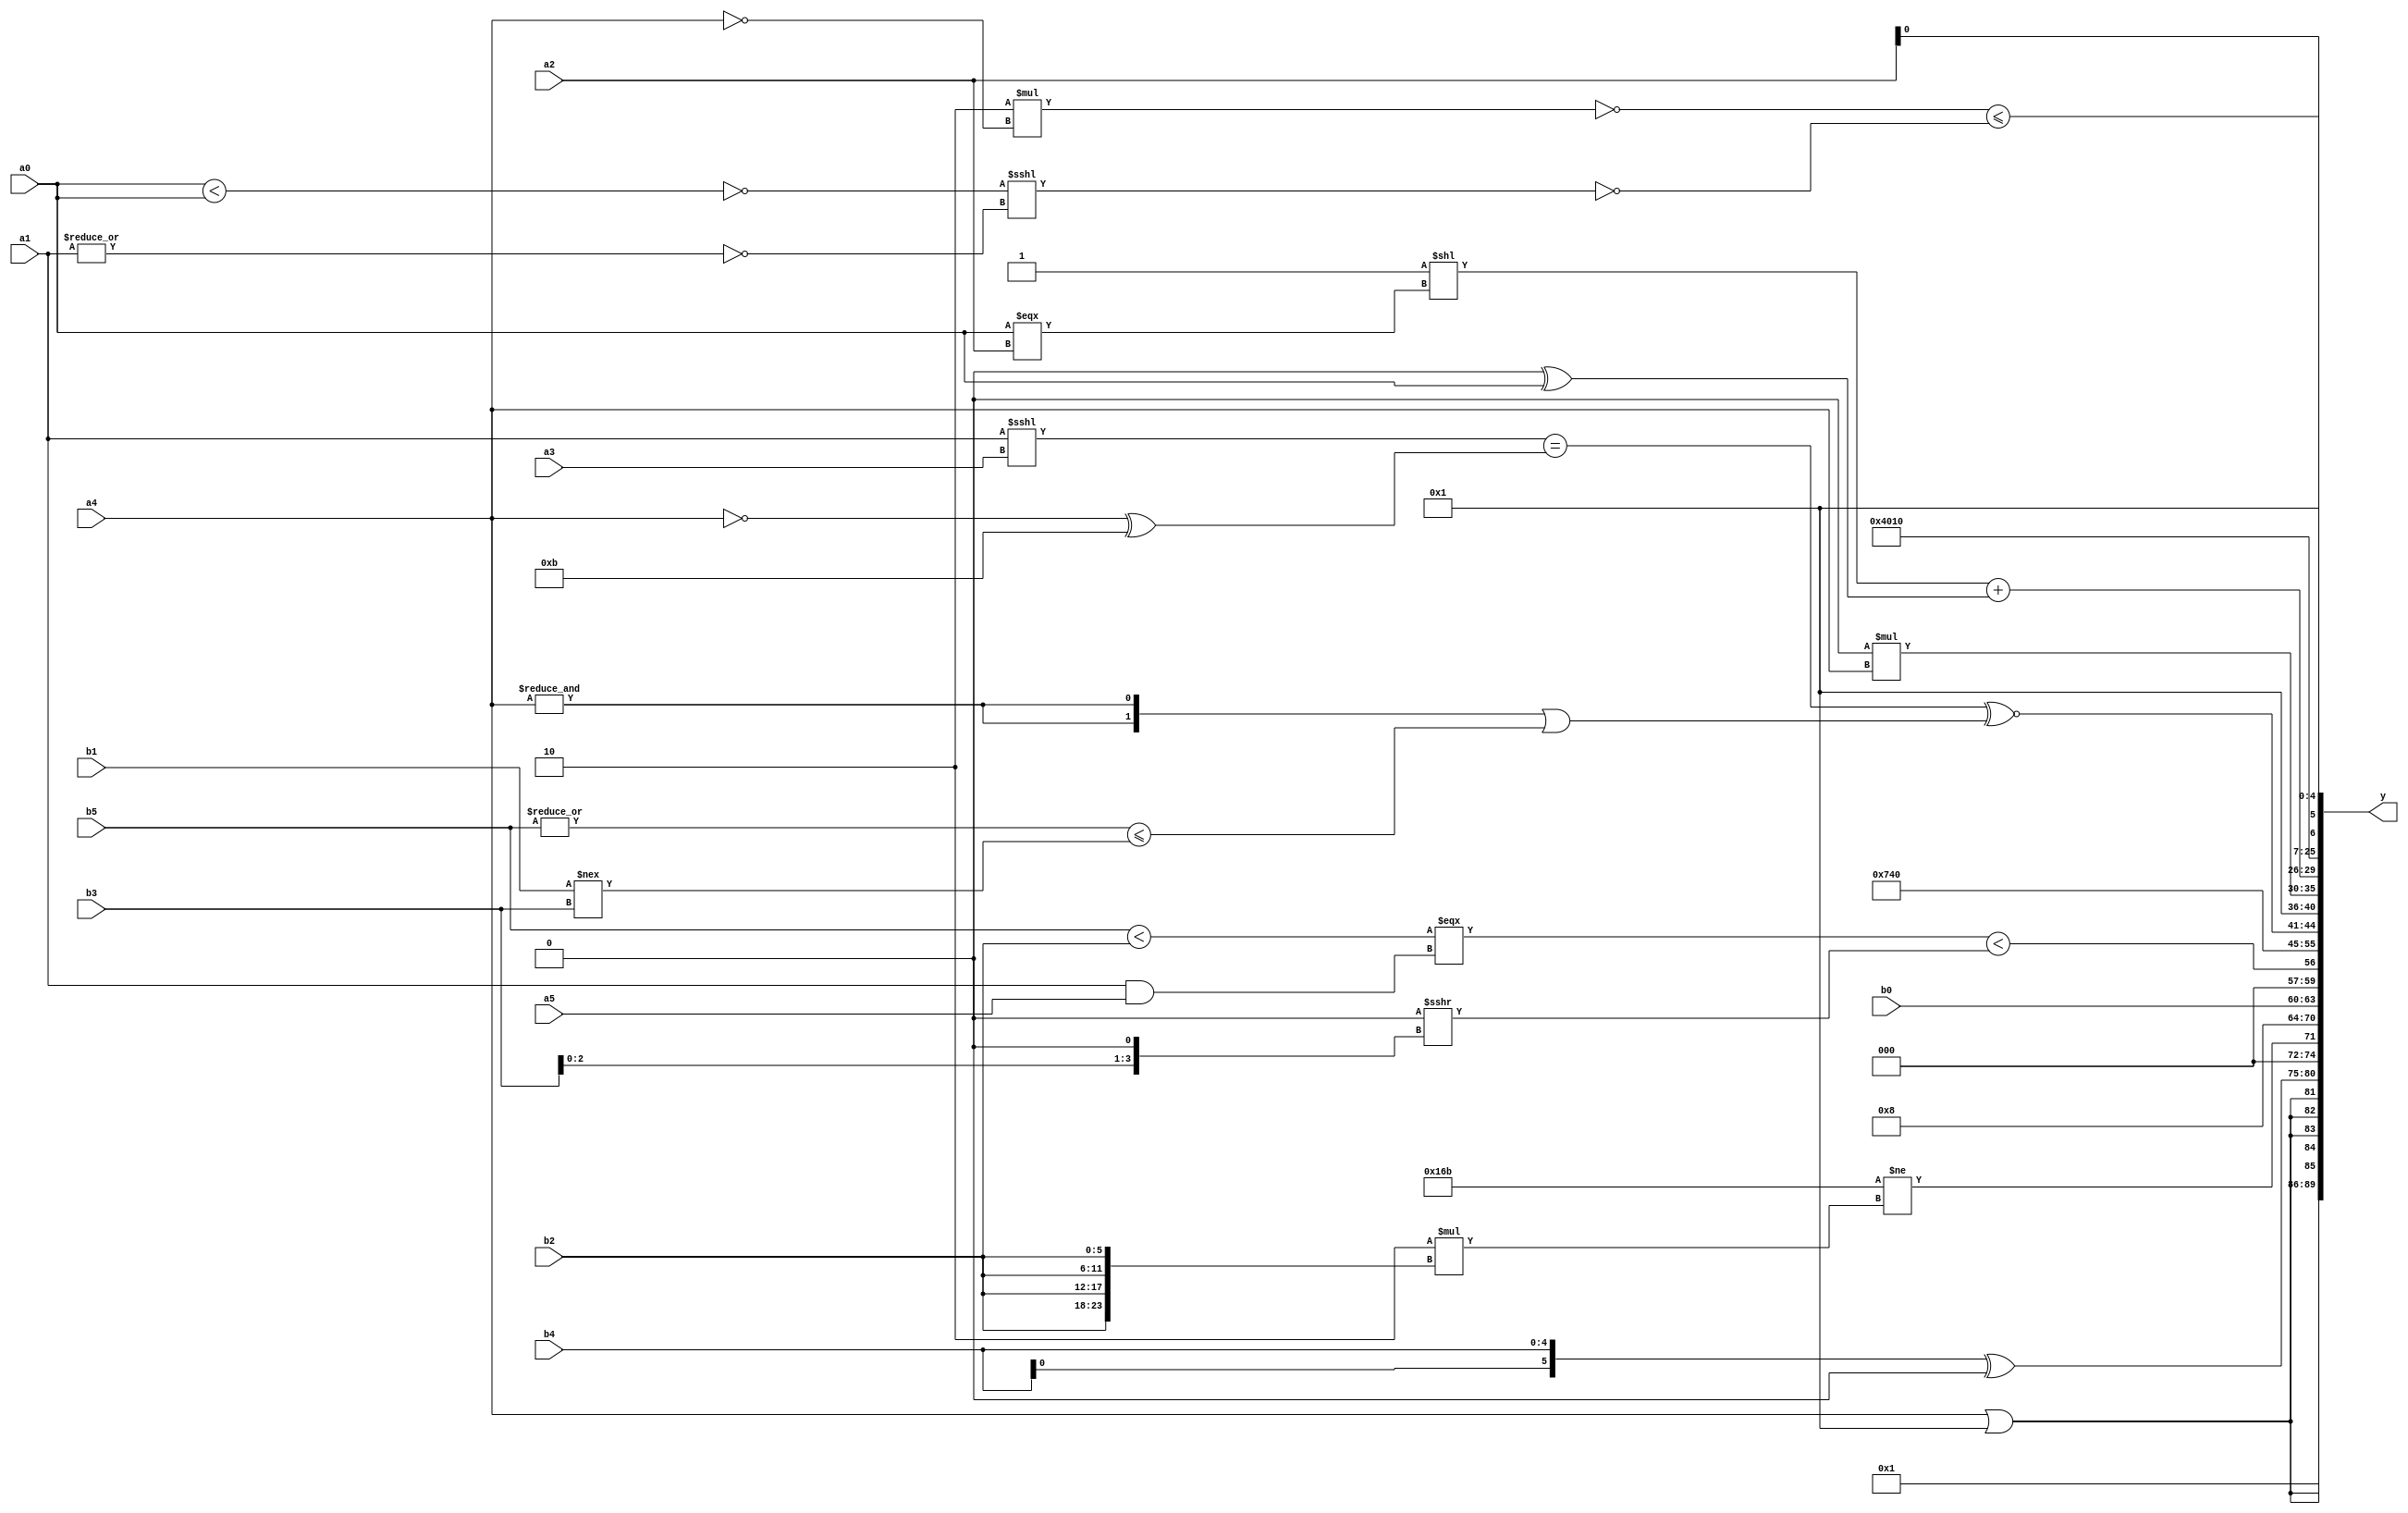
module expression_00613(a0, a1, a2, a3, a4, a5, b0, b1, b2, b3, b4, b5, y);
  input [3:0] a0;
  input [4:0] a1;
  input [5:0] a2;
  input signed [3:0] a3;
  input signed [4:0] a4;
  input signed [5:0] a5;

  input [3:0] b0;
  input [4:0] b1;
  input [5:0] b2;
  input signed [3:0] b3;
  input signed [4:0] b4;
  input signed [5:0] b5;

  wire [3:0] y0;
  wire [4:0] y1;
  wire [5:0] y2;
  wire signed [3:0] y3;
  wire signed [4:0] y4;
  wire signed [5:0] y5;
  wire [3:0] y6;
  wire [4:0] y7;
  wire [5:0] y8;
  wire signed [3:0] y9;
  wire signed [4:0] y10;
  wire signed [5:0] y11;
  wire [3:0] y12;
  wire [4:0] y13;
  wire [5:0] y14;
  wire signed [3:0] y15;
  wire signed [4:0] y16;
  wire signed [5:0] y17;

  output [89:0] y;
  assign y = {y0,y1,y2,y3,y4,y5,y6,y7,y8,y9,y10,y11,y12,y13,y14,y15,y16,y17};

  localparam [3:0] p0 = (-{2{{4{(2'd2)}}}});
  localparam [4:0] p1 = (3'sd3);
  localparam [5:0] p2 = {{3{(3'd0)}},(-2'sd0)};
  localparam signed [3:0] p3 = {(4'd6),(5'd20),(2'sd1)};
  localparam signed [4:0] p4 = (~^((-2'sd1)^~(-4'sd0)));
  localparam signed [5:0] p5 = ((~&(((-5'sd4)+(2'sd0))+((4'd7)+(4'd13))))>=(6'd2 * ((5'd15)>>(2'd1))));
  localparam [3:0] p6 = (((3'd0)^~(4'd13))>>>((2'd3)^(5'sd15)));
  localparam [4:0] p7 = {2{{4{(2'd1)}}}};
  localparam [5:0] p8 = (((5'd28)|(5'sd4))?((-2'sd0)?(4'd1):(3'd0)):((-4'sd2)|(5'd8)));
  localparam signed [3:0] p9 = (((-4'sd6)<<<(5'd11))>(((-5'sd5)+(2'd3))*(-((-2'sd0)!=(-5'sd13)))));
  localparam signed [4:0] p10 = {2{(5'd24)}};
  localparam signed [5:0] p11 = ((&((3'sd0)!=(3'd7)))|((2'd1)?(-2'sd0):(3'd5)));
  localparam [3:0] p12 = (-5'sd11);
  localparam [4:0] p13 = {(({1{(3'd6)}}||{(2'd3)})>>({(4'd7),(2'sd0),(3'd0)}<<<{(5'sd8),(5'd29)}))};
  localparam [5:0] p14 = ((((3'sd2)||(4'd14))===((3'd1)||(4'sd1)))===((-3'sd1)>>(+(-5'sd7))));
  localparam signed [3:0] p15 = {{(2'd0)}};
  localparam signed [4:0] p16 = ({4{(2'd1)}}^(|(3'sd3)));
  localparam signed [5:0] p17 = {2{(4'sd4)}};

  assign y0 = (~|((-4'sd1)>(3'sd1)));
  assign y1 = {3{{2{(a4||p13)}}}};
  assign y2 = {4{({2{b4}}^(-2'sd0))}};
  assign y3 = ({2{((5'sd11))}}!=(5'd2 * {4{b2}}));
  assign y4 = (4'sd2);
  assign y5 = $unsigned(b0);
  assign y6 = ((+((b5<b2)===(a1&a5)))<((p5&&p4)>>>(b3<<p13)));
  assign y7 = (-3'sd3);
  assign y8 = ({3{{p12,p4}}}<=(~^(5'd0)));
  assign y9 = (($unsigned((+(a1<<<a3)))==((a4==p2)^(5'sd11)))^~({2{(&a4)}}||((|b5)<=(b1!==b3))));
  assign y10 = (|(-4'sd6));
  assign y11 = (((p14)*(a4))<<<$unsigned((|(~|(~^p10)))));
  assign y12 = (((!(&p6))<<(a0===a2))+{{3{a1}},{2{p13}},(p8^a0)});
  assign y13 = ({{p2,p10,p12}}||(|(~&{p13,p15,a0})));
  assign y14 = (~|(-3'sd1));
  assign y15 = $unsigned($unsigned((~&$unsigned((4'd11)))));
  assign y16 = (&((!((4'd2 * $unsigned((~a4)))))<=(~&((-(~(a0<a0)))<<<$unsigned($unsigned((~|a1)))))));
  assign y17 = {((~^p6)+(p16==a1)),(~(~&(p11-p5))),{b5,a2,p4}};
endmodule